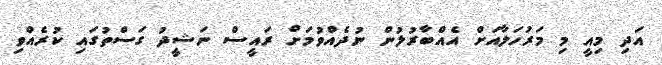
އަދި މިއީ މި މަރުހަލާއަށް އެއްބާރުލުން ނުދެއްވުމަށް ރައީސް ނަޝީދު ގަސްތުގައި ކުރެއްވި